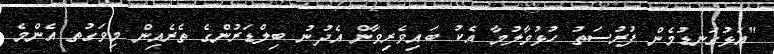
"އަޅުގަނޑުމެން ފުރުސަތު ހުޅުވާލުމާ އެކު ބައިވެރިވާން އެދުނު ބިލްޑަރުންގެ ތެރެއިން މިވަގުތ އެންމެ